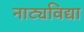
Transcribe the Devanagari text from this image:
नाट्यविद्या